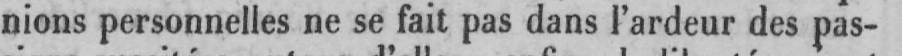
nions personnelles ne se fait pas dans l’ardeur des pas-